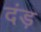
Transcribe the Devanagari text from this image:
दंड़